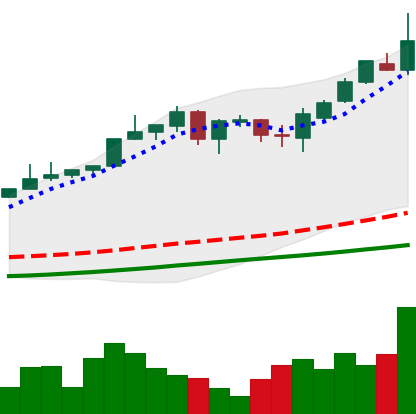
Ticker: BTC-USD
Chart end date: 2017-05-22
Forward return: -6.19%
Label: down_5_7